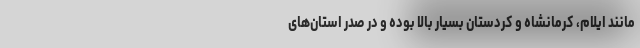
مانند ایلام، کرمانشاه و کردستان بسیار بالا بوده و در صدر استان‌های